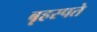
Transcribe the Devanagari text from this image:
बृहस्पते